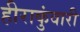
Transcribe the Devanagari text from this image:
हीराकुंवारी